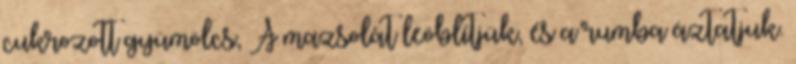
cukrozott gyümölcs, A mazsolát leöblítjük, és a rumba áztatjuk.